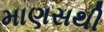
માણસથી